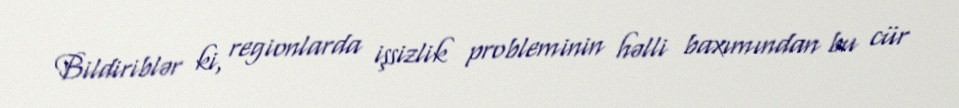
Bildiriblər ki, regionlarda işsizlik probleminin həlli baxımından bu cür